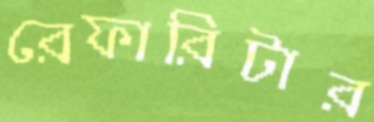
রেফারিটার